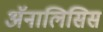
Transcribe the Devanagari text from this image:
अॅनालिसिस